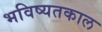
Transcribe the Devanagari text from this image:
भविष्यतकाल